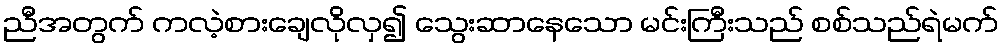
ညီအတွက် ကလဲ့စားချေလိုလှ၍ သွေးဆာနေသော မင်းကြီးသည် စစ်သည်ရဲမက်